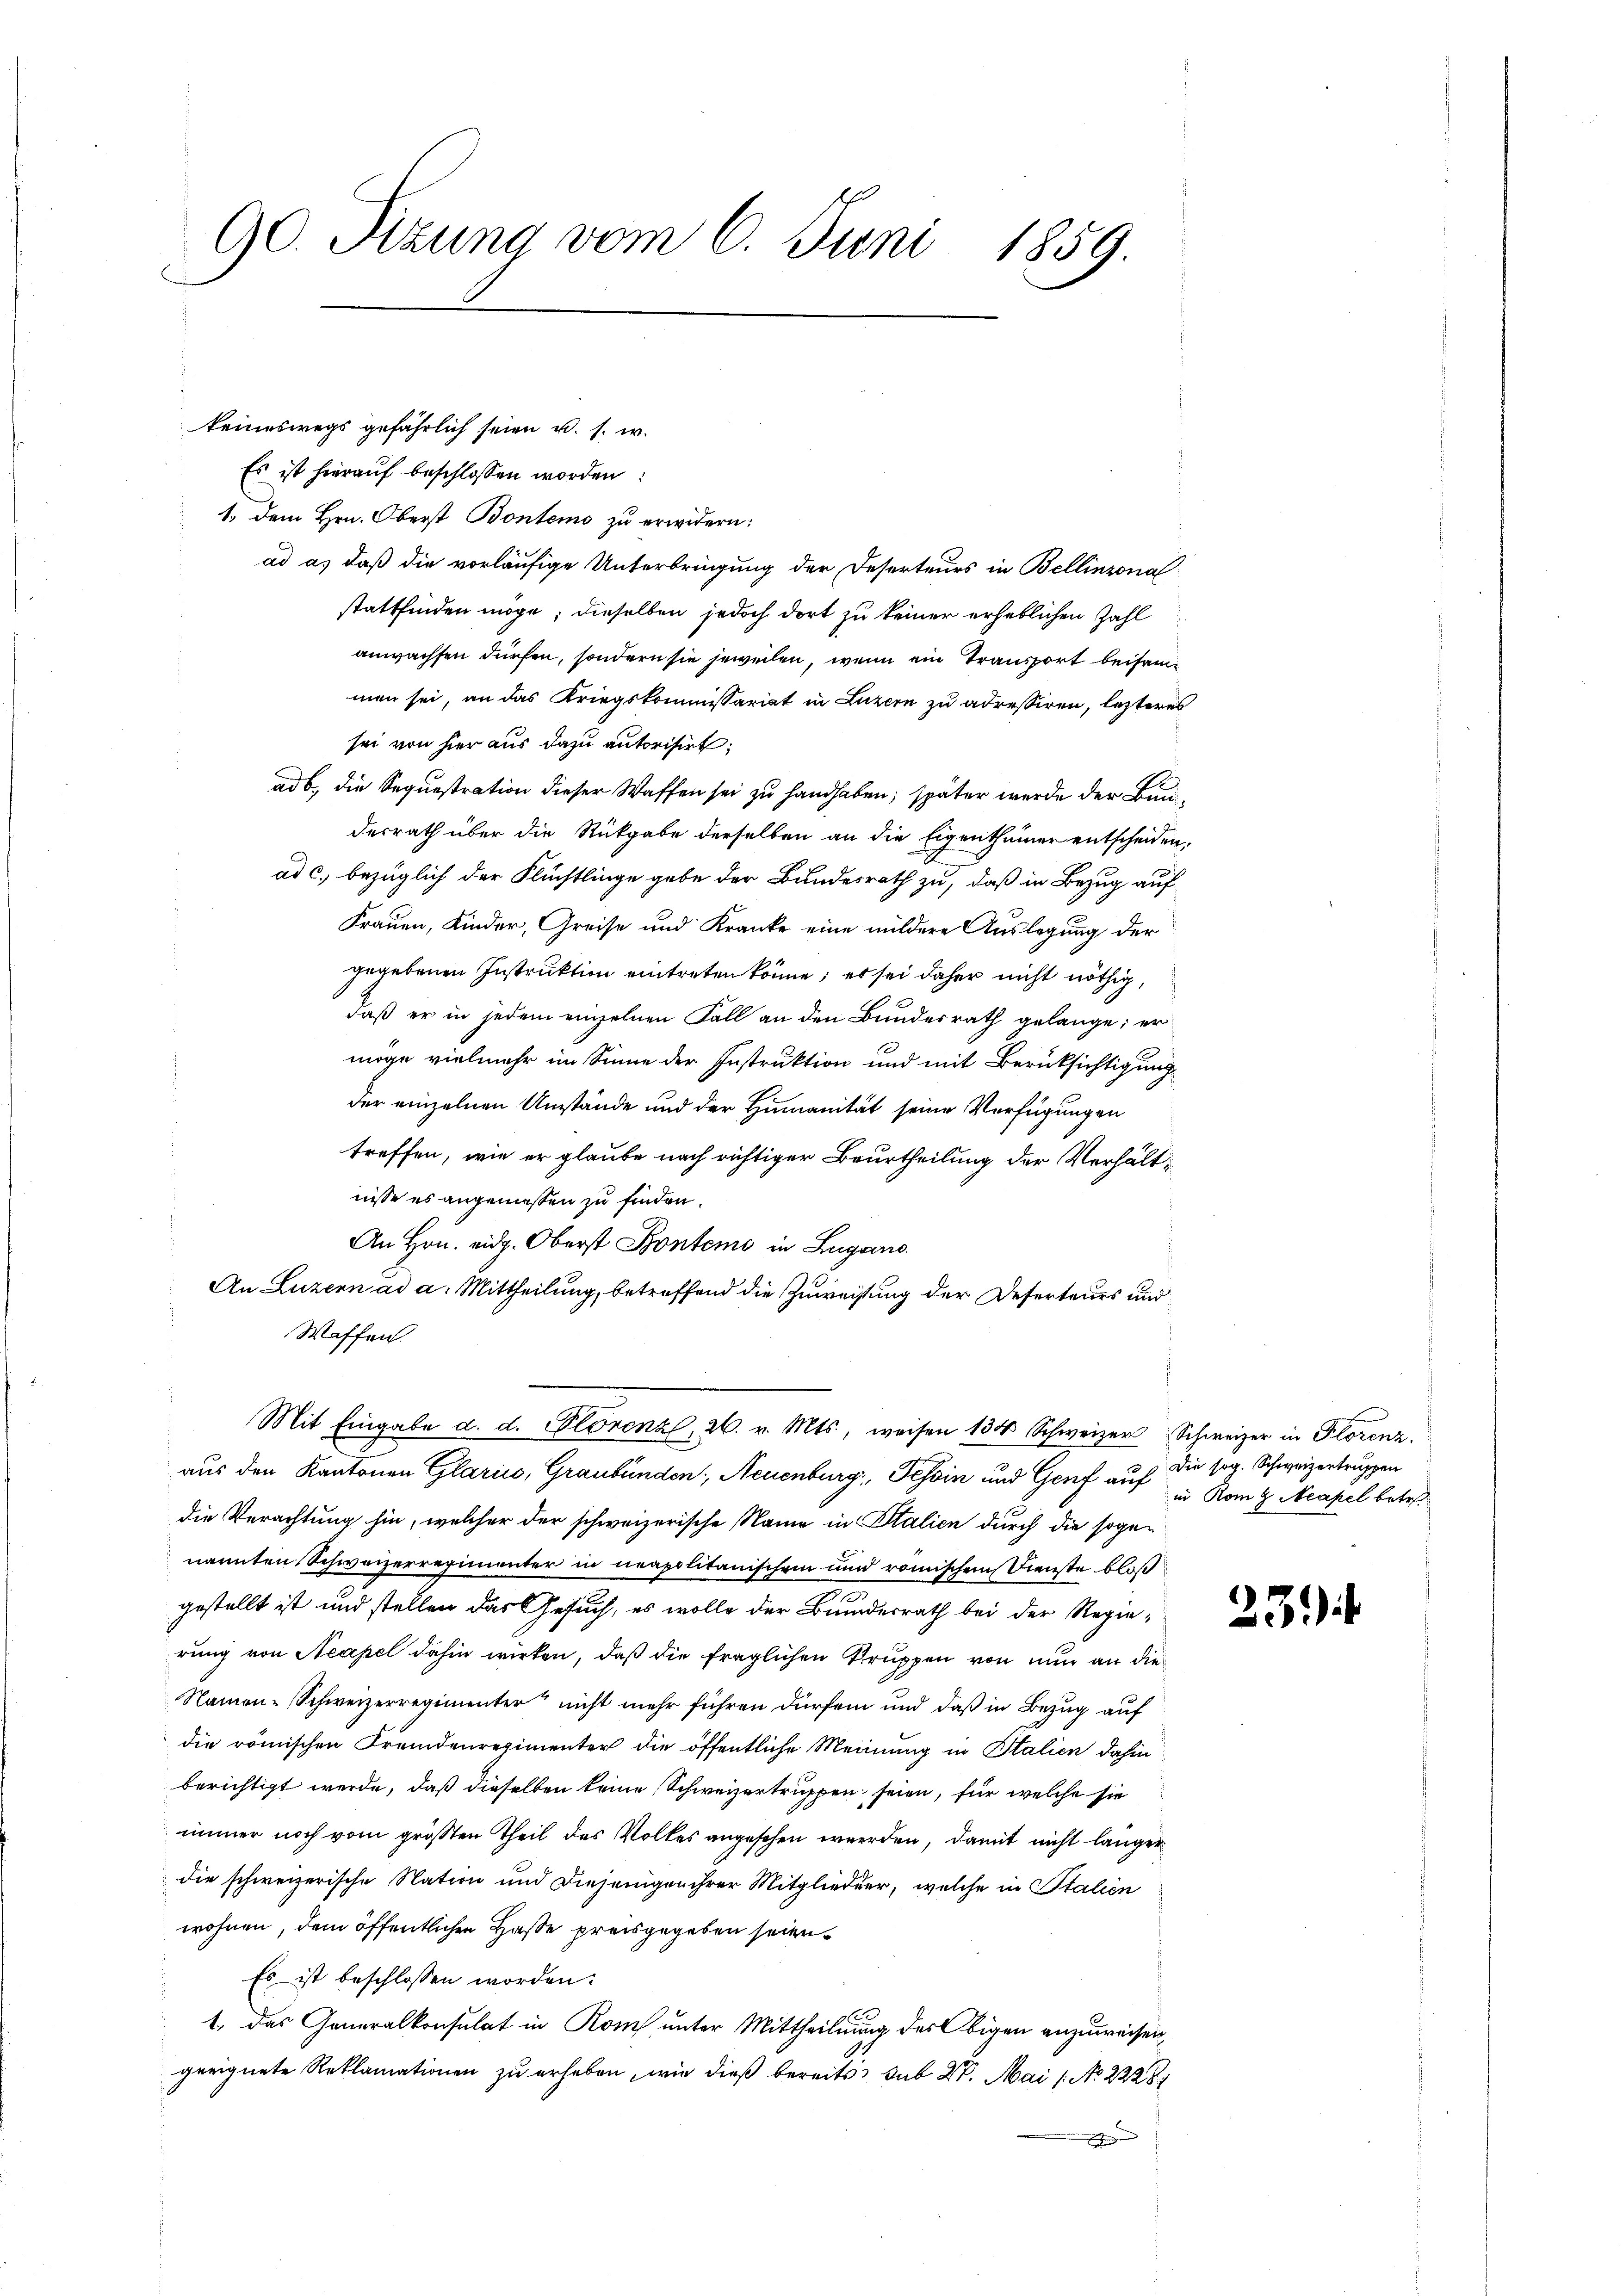
90. Sizung vom 6. Juni 1859.

keineswegs gefährlich seien u. s. w.
Es ist hierauf beschlossen worden:
1. dem Hrn. Oberst Bontems zu erwidern:
ad a. daß die vorläufige Unterbringung der Deserteurs in Bellinzona
stattfinden möge; dieselben jedoch dort zu keiner erheblichen Zahl
anwachsen dürfen, sondern sie jeweilen, wenn ein Transport beisammen sei, an das Kriegskommissariat in Luzern zu adressiren, letzteres
sei von hier aus dazu autorisirt;
ad b., die Sequestration dieser Waffen sei zu handhaben; später werde der Bunderrath über die Rückgabe derselben an die Eigenthümer entscheiden,
ad c. bezüglich der Flüchtlinge gebe der Bundesrath zu, daß in Bezug auf
Frauen, Kinder, Preise und Kranke eine mildere Auslegung der
gegebenen Instruktion eintreten könne; es sei daher nicht nöthig,
daß er in jedem einzelnen Fall an den Bundesrath gelange; er
möge vielmehr im Sinne der Instruktion und mit Berüksichtigung
der einzelnen Umstände und der Humanität seine Verfügungen
treffen, wie er glaube nach richtiger Beurtheilung der Verhältnisse es angemessen zu finden.
An Hrn. eidg. Oberst Kontems in Lugano.
An Luzern ad a. Mittheilung, betreffend die Zuweisung der Deserteurs und
Waffen.
Mit Eingabe d. d. Florenzl, 26. v. Mts., weisen 134 Schweizer Schweizer in Florenz
aus den Kantonen Glarus, Graubünden, Neuenburg, Tessin und Genf auf die sog. Schweizertruppen
die Verachtung hin, welcher der schweizerische Name in Stalien durch die sogenannten Schweizerregimenter in neapolitanischem und römischen Dienste bloß
.
gestellt ist und stellen das Gesuch, es wolle der Bundesrath bei der Regierung von Neapel dahin wirken, daß die fraglichen Bruppen von nun an die
Namen-Schweizerregimenter nicht mehr führen dürfen und daß in Bezug auf
die römischen Fremdenregimenter die öffentliche Meinung in Italien dahin
berichtigt werde, daß dieselben keine Schweizertruppen seien, für welche sie
immer noch vom größten Theil des Volkes angesehen werden, damit nicht länger
die schweizerische Nation und diejenigen ihrer Mitglieder, welche in Stalien
wohnen, dem öffentlichen Hasse preisgegeben seien.
Es ist beschlossen worden:
1. Das Generalkonsulat in Rom unter Mittheilung des Obigen anzuweisen,
geeignete Reklamationen zu erheben, wie dieß bereits sub 27. Mai 1 No 22281
enen Sachen

in Rom g. Neapel betr.

23